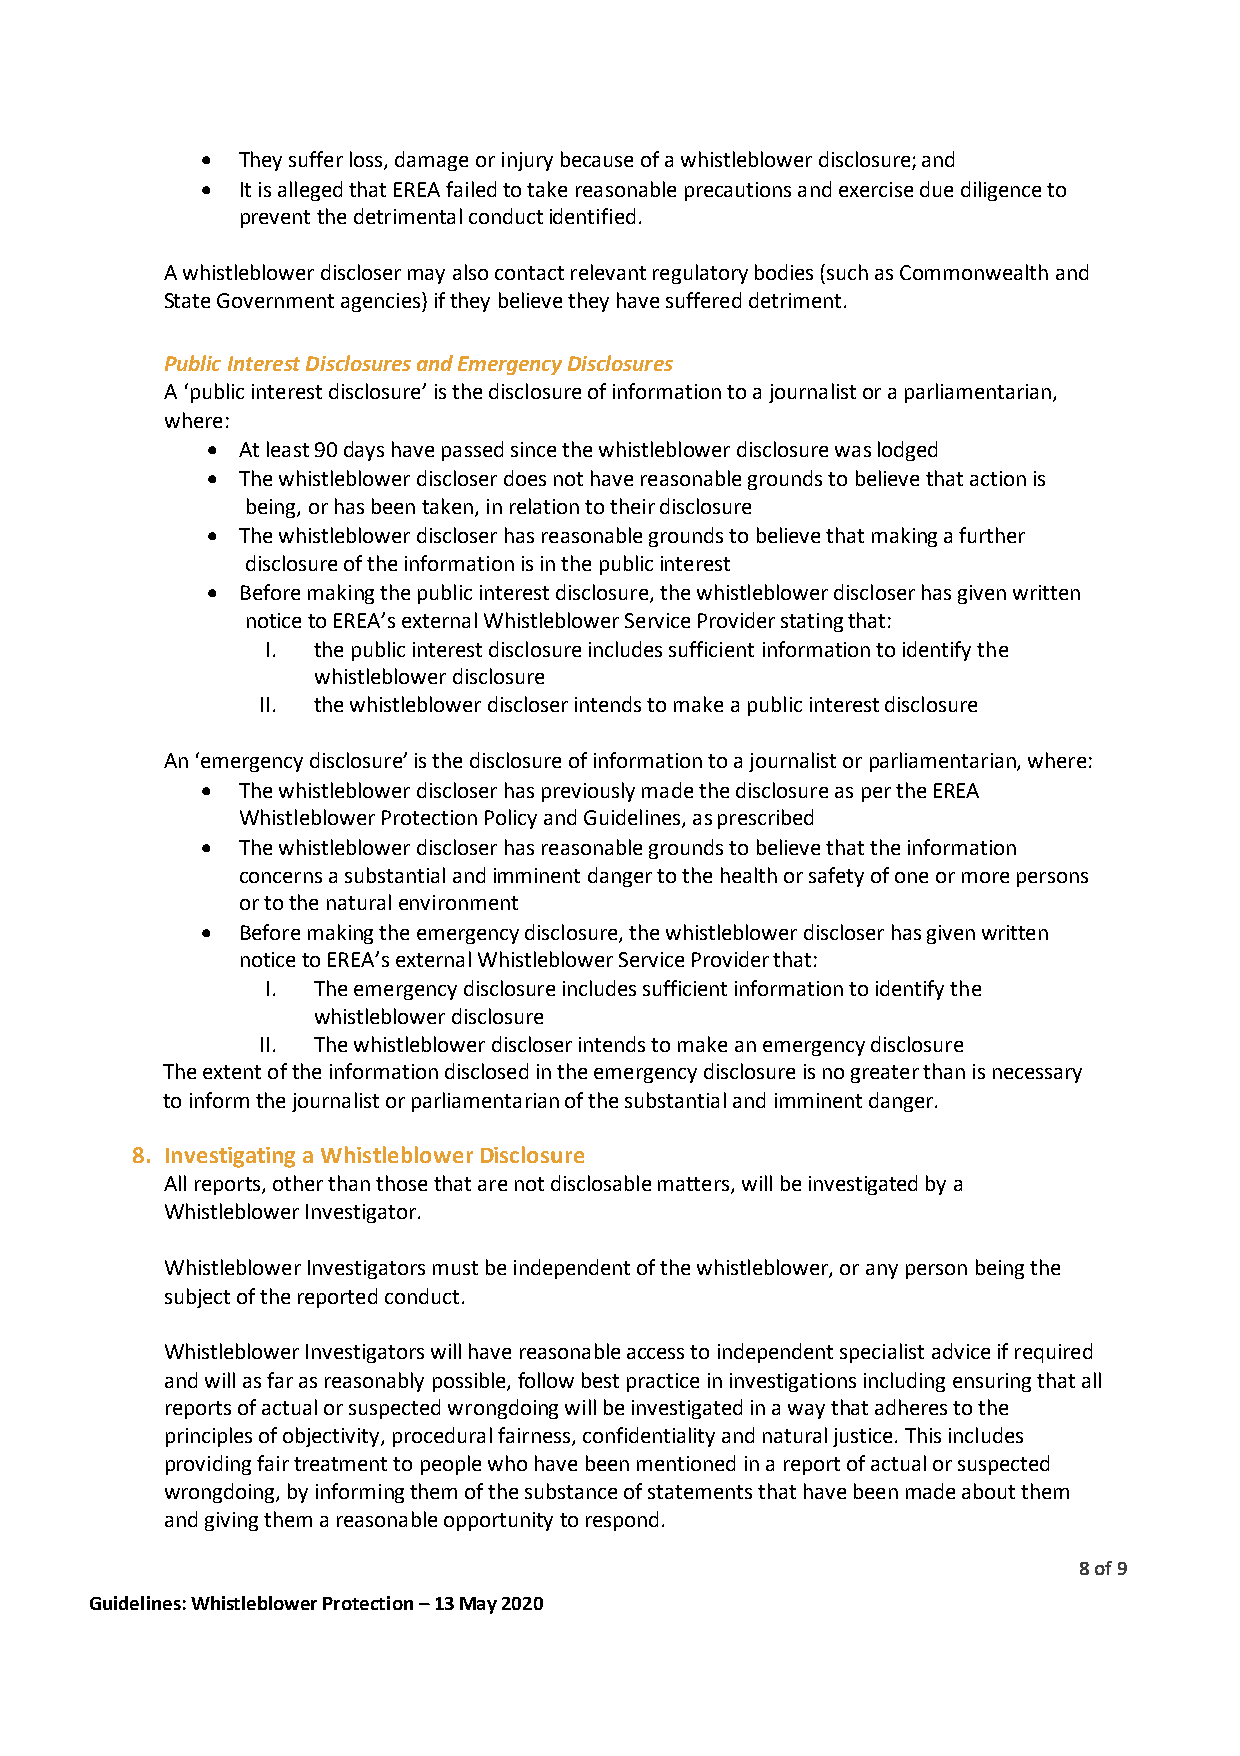
•  They suffer loss, damage or injury because of a whistleblower disclosure; and
 •  It is alleged that EREA failed to take reasonable precautions and exercise due diligence to
 prevent the detrimental conduct identified.
 A whistleblower discloser may also contact relevant regulatory bodies (such as Commonwealth and
 State Government agencies) if they believe they have suffered detriment.
 Public Interest Disclosures and Emergency Disclosures
 A ‘public interest disclosure’ is the disclosure of information to a journalist or a parliamentarian,
 where:
 • At least 90 days have passed since the whistleblower disclosure was lodged
 • The whistleblower discloser does not have reasonable grounds to believe that action is
 being, or has been taken, in relation to their disclosure
 • The whistleblower discloser has reasonable grounds to believe that making a further
 disclosure of the information is in the public interest
 • Before making the public interest disclosure, the whistleblower discloser has given written
 notice to EREA’s external Whistleblower Service Provider stating that:
 I. the public interest disclosure includes sufficient information to identify the
 whistleblower disclosure
 II. the whistleblower discloser intends to make a public interest disclosure
 An ‘emergency disclosure’ is the disclosure of information to a journalist or parliamentarian, where:
 •  The whistleblower discloser has previously made the disclosure as per the EREA
 Whistleblower Protection Policy and Guidelines, as prescribed
 •  The whistleblower discloser has reasonable grounds to believe that the information
 concerns a substantial and imminent danger to the health or safety of one or more persons
 or to the natural environment
 •  Before making the emergency disclosure, the whistleblower discloser has given written
 notice to EREA’s external Whistleblower Service Provider that:
 I. The emergency disclosure includes sufficient information to identify the
 whistleblower disclosure
 II. The whistleblower discloser intends to make an emergency disclosure
 The extent of the information disclosed in the emergency disclosure is no greater than is necessary
 to inform the journalist or parliamentarian of the substantial and imminent danger.
 8. Investigating a Whistleblower Disclosure
 All reports, other than those that are not disclosable matters, will be investigated by a
 Whistleblower Investigator.
 Whistleblower Investigators must be independent of the whistleblower, or any person being the
 subject of the reported conduct.
 Whistleblower Investigators will have reasonable access to independent specialist advice if required
 and will as far as reasonably possible, follow best practice in investigations including ensuring that all
 reports of actual or suspected wrongdoing will be investigated in a way that adheres to the
 principles of objectivity, procedural fairness, confidentiality and natural justice. This includes
 providing fair treatment to people who have been mentioned in a report of actual or suspected
 wrongdoing, by informing them of the substance of statements that have been made about them
 and giving them a reasonable opportunity to respond.
 8 of 9
 Guidelines: Whistleblower Protection – 13 May 2020